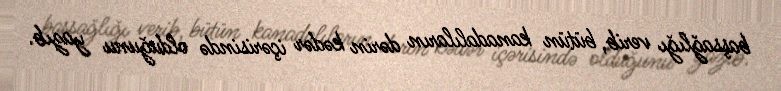
başsağlığı verib, bütün kanadalıların dərin kədər içərisində olduğunu yazıb.